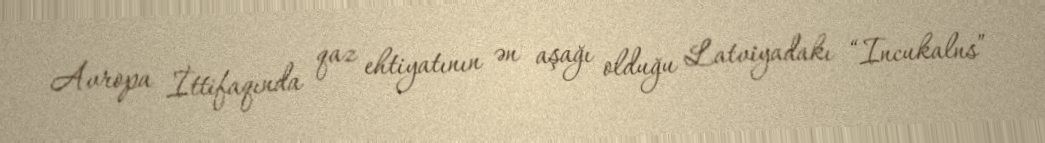
Avropa İttifaqında qaz ehtiyatının ən aşağı olduğu Latviyadakı “Incukalns”